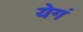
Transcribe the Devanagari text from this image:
येगं